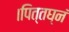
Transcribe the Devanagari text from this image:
।पित्तघ्नं